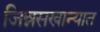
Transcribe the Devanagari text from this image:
जिन्नसखान्यात